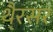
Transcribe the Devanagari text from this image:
थै्रसर